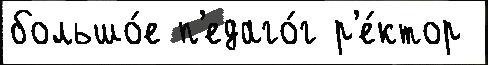
большо́е п'едаго́г р'е́ктор